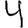
Digit: 4